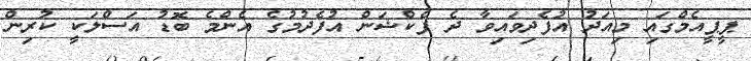
ޕީޕީއެމްގައި މިއަދު އުފެދިވައިވާ ދެ ފެކްޝަން އުފެދުމުގެ އެންމެ ބޮޑު އަސްލަކީ ކުރިން